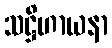
သဋ္ဌိဟာယနာ